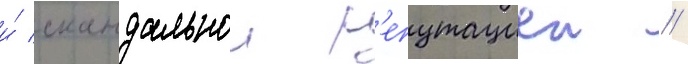
и́ скандальнои р'епутациеи //